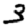
Digit: 3